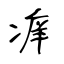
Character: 痒